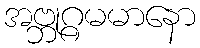
အဗ္ဘုဂ္ဂမမာနော